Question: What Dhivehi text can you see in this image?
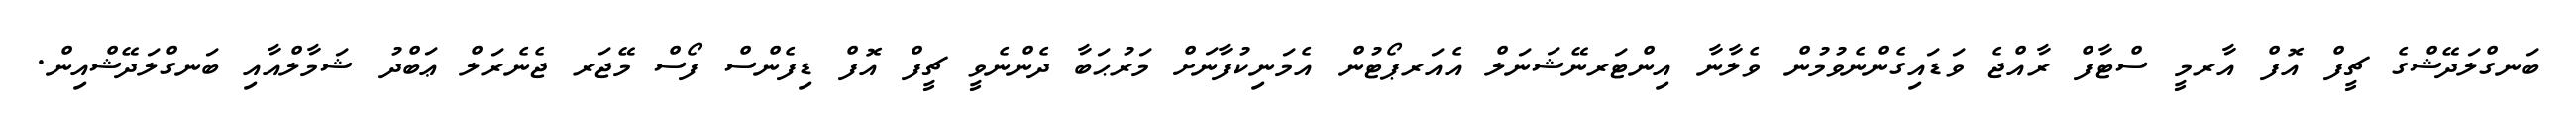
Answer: ބަނގްލަދޭޝްގެ ޗީފް އޮފް އާރމީ ސްޓާފް ރާއްޖެ ވަޑައިގެންނެވުމުން ވެލާނާ އިންޓަރނޭޝަނަލް އެއަރޕޯޓުން އެމަނިކުފާނަށް މަރުޙަބާ ދެންނެވީ ޗީފް އޮފް ޑިފެންސް ފޯސް މޭޖަރ ޖެނެރަލް ޢަބްދު ޝަމާލްއާއި ބަނގްލަދޭޝްއިން.